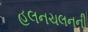
હલનચલનની